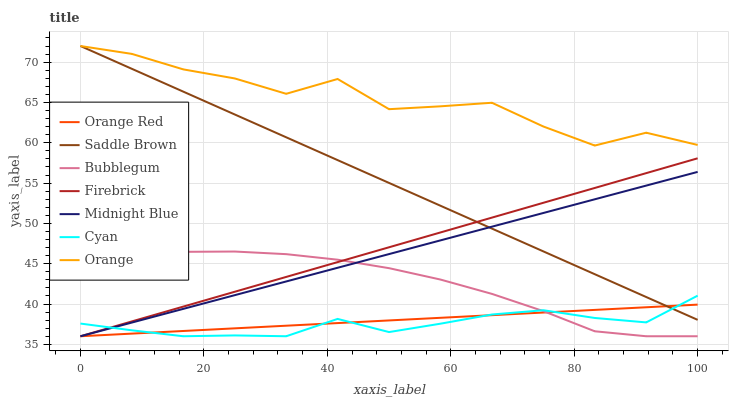
| xaxis_label | Orange Red | Saddle Brown | Bubblegum | Firebrick | Midnight Blue | Cyan | Orange |
 | --- | --- | --- | --- | --- | --- | --- | --- |
 | 0 | 36 | 72 | 45.3 | 36 | 36 | 37.6 | 72 |
 | 8.33 | 36.3 | 69.2 | 46.1 | 37.8 | 37.7 | 36.7 | 71 |
 | 16.7 | 36.7 | 66.3 | 46.5 | 39.7 | 39.4 | 36 | 69.1 |
 | 25 | 37 | 63.5 | 46.5 | 41.5 | 41.1 | 36.1 | 68 |
 | 33.3 | 37.3 | 60.7 | 46.2 | 43.4 | 42.8 | 36 | 66.1 |
 | 41.7 | 37.6 | 57.8 | 45.5 | 45.2 | 44.5 | 38.2 | 67.9 |
 | 50 | 38 | 55 | 44.4 | 47 | 46.2 | 36.5 | 64.2 |
 | 58.3 | 38.3 | 52.2 | 43 | 48.9 | 47.9 | 37.6 | 64.5 |
 | 66.7 | 38.6 | 49.4 | 41.3 | 50.7 | 49.6 | 38.7 | 65 |
 | 75 | 38.9 | 46.5 | 39.1 | 52.6 | 51.3 | 39.2 | 62 |
 | 83.3 | 39.3 | 43.7 | 36.6 | 54.4 | 53 | 38.3 | 59.7 |
 | 91.7 | 39.6 | 40.9 | 36 | 56.2 | 54.7 | 37.7 | 61.2 |
 | 100 | 39.9 | 38 | 36 | 58.1 | 56.4 | 41 | 59.7 |